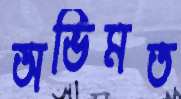
অভিমত